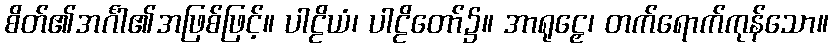
စိတ်၏အင်္ဂါ၏အဖြစ်ဖြင့်။ ပါဠိယံ၊ ပါဠိတော်၌။ အာရုဠှေ၊ တက်ရောက်ကုန်သော။